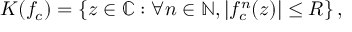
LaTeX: K ( f _ { c } ) = \left\{ z \in \mathbb { C } : \forall n \in \mathbb { N } , | f _ { c } ^ { n } ( z ) | \leq R \right\} ,